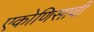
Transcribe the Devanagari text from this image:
एकोणिसावी